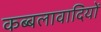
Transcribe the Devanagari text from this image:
कब्बलावादियों